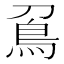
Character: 𠟀